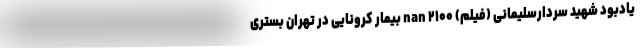
یادبود شهید سردارسلیمانی (فیلم) nan ۲۱۰۰ بیمار کرونایی در تهران بستری